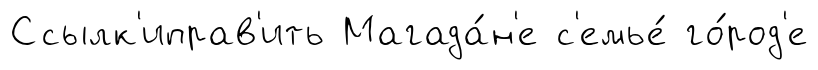
Ссылк'иправ'ить Магада́н'е с'емье́ го́род'е